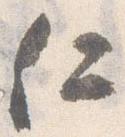
仁